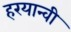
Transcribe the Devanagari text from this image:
हरयान्वी